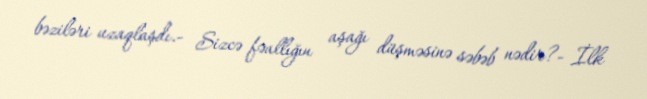
bəziləri uzaqlaşdı.- Sizcə fəallığın aşağı düşməsinə səbəb nədir?- İlk